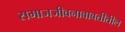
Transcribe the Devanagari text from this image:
समाजजीवनाबाबतीतील